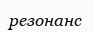
резонанс